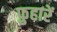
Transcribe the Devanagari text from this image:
फ़ुहारें